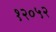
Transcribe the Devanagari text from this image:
१२०५२